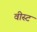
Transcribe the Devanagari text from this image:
वीस्ट